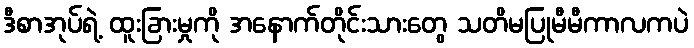
ဒီစာအုပ်ရဲ့ ထူးခြားမှုကို အနောက်တိုင်းသားတွေ သတိမပြုမီမီကာလကပဲ